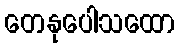
တေနုပေါသထော